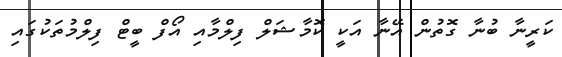
ކަރީނާ ބުނާ ގޮތުން އޭނާ އަކީ ކޮމާޝަލް ފިލްމާއި އޯފް ބީޓް ފިލްމުތަކުގައި